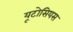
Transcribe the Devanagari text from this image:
यूटोसियस